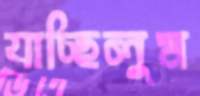
যাচ্ছিলুম